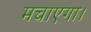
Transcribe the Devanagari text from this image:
मचाएगा।